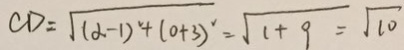
C D = \sqrt { ( d - 1 ) ^ { 2 } + ( 0 + 3 ) ^ { 2 } } = \sqrt { 1 + 9 } = \sqrt { 1 0 }